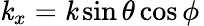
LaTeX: \mathit{k}_{x}=\mathit{k}\sin\theta\cos\phi\,